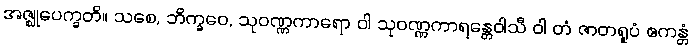
အဇ္ဈုပေက္ခတိ။ သစေ, ဘိက္ခဝေ, သုဝဏ္ဏကာရော ဝါ သုဝဏ္ဏကာရန္တေဝါသီ ဝါ တံ ဇာတရူပံ ဧကန္တံ